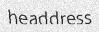
headdress